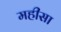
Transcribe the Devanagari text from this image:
महीसा